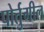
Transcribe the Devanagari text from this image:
पोर्तुगील